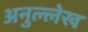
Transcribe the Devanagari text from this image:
अनुल्लेख